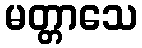
မတ္တာသေ